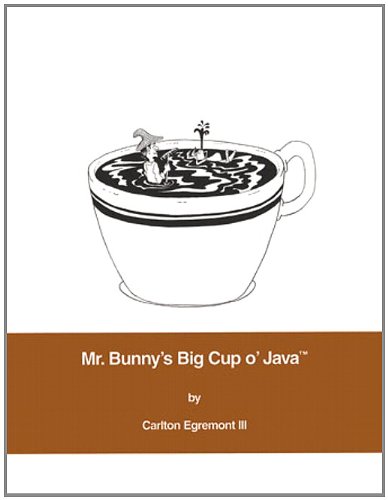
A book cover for Mr. Bunny's Big Cup o' Java; Carlton Egremont III; Humor & Entertainment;